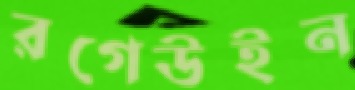
রগেউইন